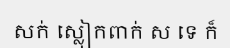
សក់ ស្លៀកពាក់ ស ទេ ក៏